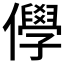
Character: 𠐮